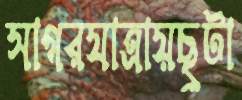
সাগরযাত্রায়ছুটা